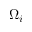
\Omega _ { i }